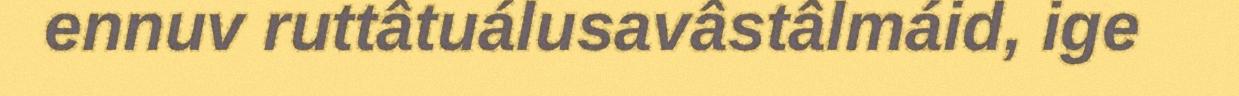
ennuv ruttâtuálusavâstâlmáid, ige